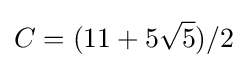
C=(11+5{\sqrt {5}})/{2}